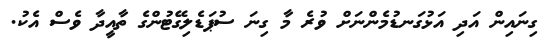
ގިނައިން އަދި އަޅުގަނޑުމެންނަށް ވުރެ މާ ގިނަ ސުޕަޑެލިގޭޓުންގެ ތާއީދާ ވެސް އެކު.